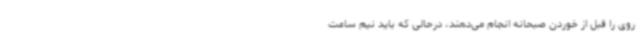
روی را قبل از خوردن صبحانه انجام می‌دهند، درحالی که باید نیم ساعت